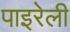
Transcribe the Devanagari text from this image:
पाइरेली